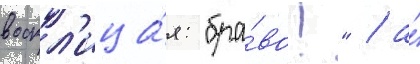
воскл'ица́я: "бра́во!" / а́